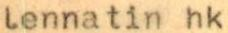
lennatin hk